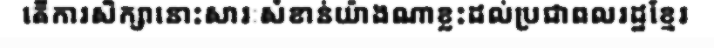
តើការសិក្សានោះសារៈសំខាន់យ៉ាងណាខ្លះដល់ប្រជាពលរដ្ឋខ្មែរ